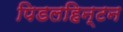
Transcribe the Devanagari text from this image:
पिडलहिन्टन